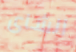
الشاى